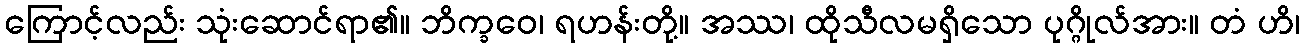
ကြောင့်လည်း သုံးဆောင်ရာ၏။ ဘိက္ခဝေ၊ ရဟန်းတို့။ အဿ၊ ထိုသီလမရှိသော ပုဂ္ဂိုလ်အား။ တံ ဟိ၊